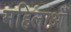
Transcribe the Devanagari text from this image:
महिलाऑँ